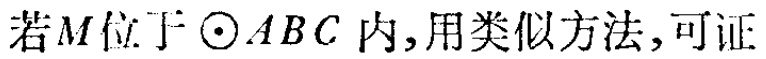
若\(M\)位于\(\odot ABC\)内,用类似方法,可证